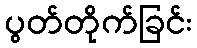
ပွတ်တိုက်ခြင်း